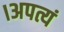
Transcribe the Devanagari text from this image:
।अपत्यं